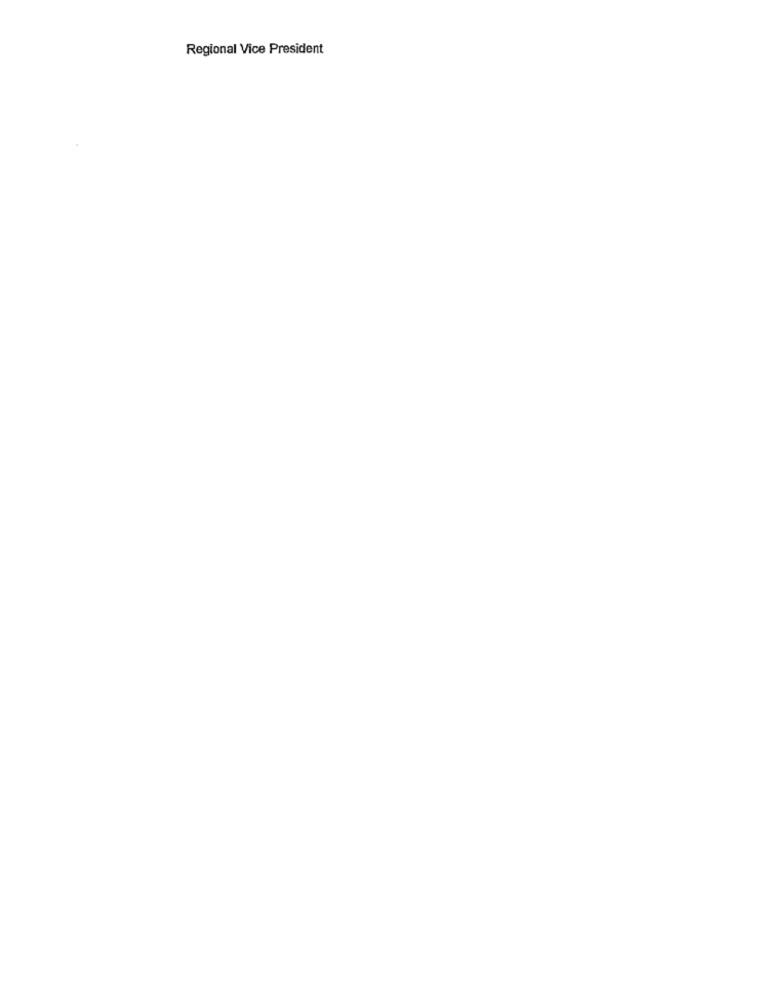
Regional Vice President